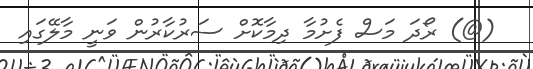
(@) ރޯދަ މަސް ފެށުމާ ދިމާކޮށް ސަރުކާރުން ވަނީ މާލޭގައި